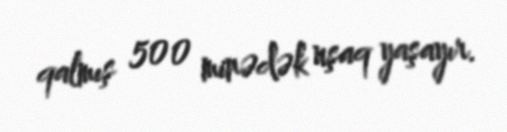
qalmış 500 minədək uşaq yaşayır.